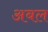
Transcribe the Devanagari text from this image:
अबल